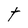
Character: t